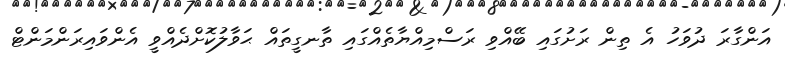
އަންގާރަ ދުވަހު އެ ތިން ރަށުގައި ބޭއްވި ރަސްމިއްޔާތެއްގައި ތާނގީތައް ޙަވާލުކޮށްދެއްވީ އެންވައިރަންމަންޓް